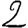
Digit: 2